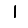
Digit: 1